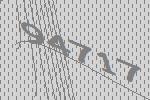
94717